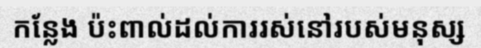
កន្លែង ប៉ះពាល់ដល់ការរស់នៅរបស់មនុស្ស